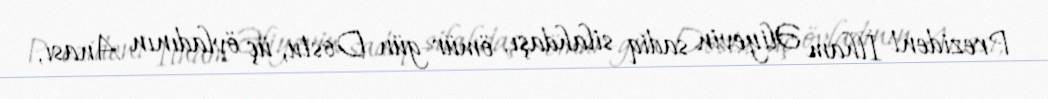
Prezident İlham Əliyevin sadiq silahdaşı, ömür-gün Dostu, üç övladının Anası,